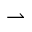
\rightharpoonup